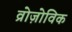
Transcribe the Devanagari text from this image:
व्रोज़ोविक